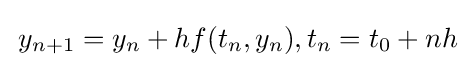
\,y_{n+1}=y_{n}+hf(t_{n},y_{n}),t_{n}=t_{0}+nh